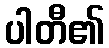
ပါတီ၏